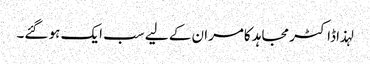
لہذا ڈاکٹر مجاہد کامران کے لیے سب ایک ہو گئے۔